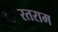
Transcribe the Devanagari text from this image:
रतराम